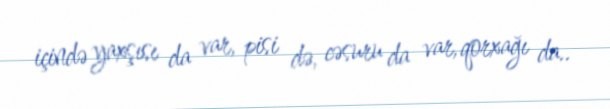
içində yaxşısı da var, pisi də, cəsuru da var, qorxağı da..